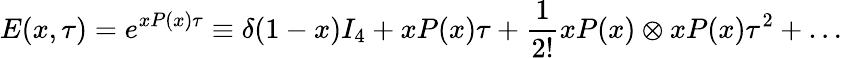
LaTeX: E(x,\tau)=e^{xP(x)\tau}\equiv\delta(1-x)I_{4}+xP(x)\tau+\frac{1}{2!}xP(x)\otimes xP(x)\tau^{2}+\dots